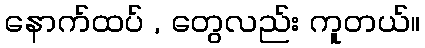
နောက်ထပ် , တွေလည်း ကူတယ်။